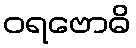
ဝရဗောဓိ